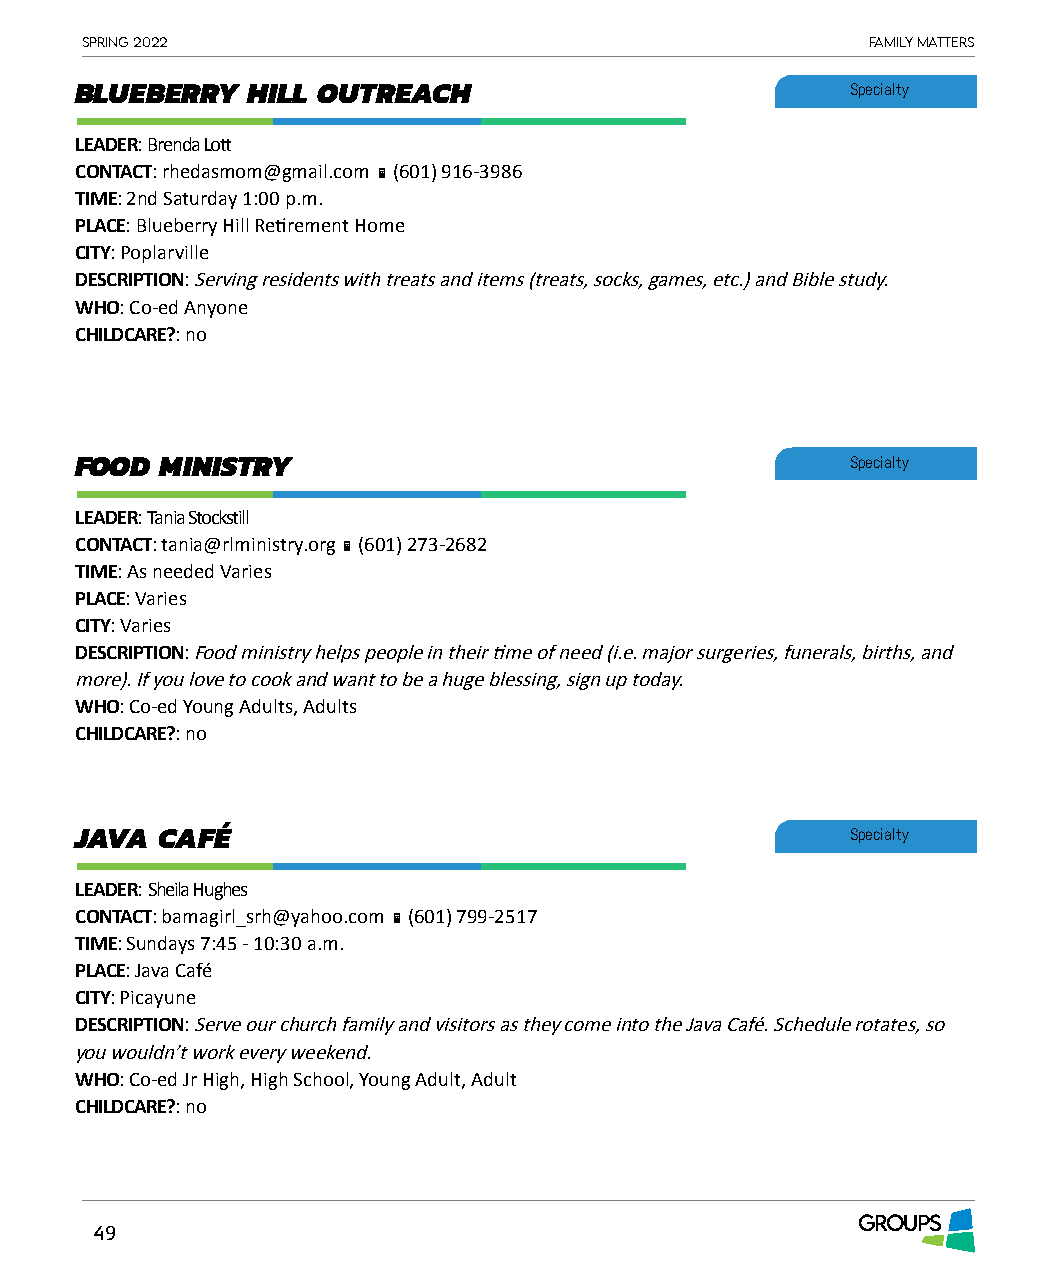
Spring 2022                                          Family matterS
 BLUEBERRY  HILL OUTREACH                           Specialty
 LEADER: Brenda Lott
 CONTACT: rhedasmom@gmail.com  (601) 916-3986
 TIME: 2nd Saturday 1:00 p.m.
 PLACE: Blueberry Hill Retirement Home
 CITY: Poplarville
 DESCRIPTION: Serving residents with treats and items (treats, socks, games, etc.) and Bible study.
 WHO: Co-ed Anyone
 CHILDCARE?: no
 FOOD  MINISTRY                                     Specialty
 LEADER: Tania Stockstill
 CONTACT: tania@rlministry.org  (601) 273-2682
 TIME: As needed Varies
 PLACE: Varies
 CITY: Varies
 DESCRIPTION: Food ministry helps people in their time of need (i.e. major surgeries, funerals, births, and
 more). If you love to cook and want to be a huge blessing, sign up today.
 WHO: Co-ed Young Adults, Adults
 CHILDCARE?: no
 JAVA CAFÉ                                          Specialty
 LEADER: Sheila Hughes
 CONTACT: bamagirl_srh@yahoo.com  (601) 799-2517
 TIME: Sundays 7:45 - 10:30 a.m.
 PLACE: Java Café
 CITY: Picayune
 DESCRIPTION: Serve our church family and visitors as they come into the Java Café. Schedule rotates, so
 you wouldn’t work every weekend.
 WHO: Co-ed Jr High, High School, Young Adult, Adult
 CHILDCARE?: no
 GROUPS
 49